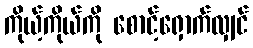
ကိုယ့်ကိုယ်ကို စောင့်ရှောက်လျှင်